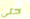
حتى